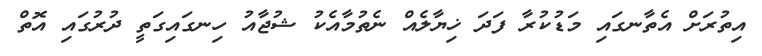
އިތުރަށް އެތާނގައި މަޑުކުރާ ފަދަ ޚިޔާލެއް ނެތުމާއެކު ޝުޖާއު ހިނގައިގަތީ ދުރުގައި އޮތް